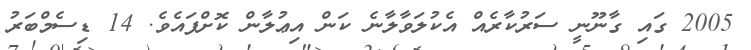
2005 ގައި ގާނޫނީ ސަރުކާރެއް އެކުލަވާލާނެ ކަން އިޢުލާން ކޮށްފައެވެ. 14 ޑިސެމްބަރު